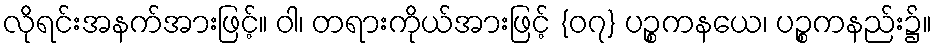
လိုရင်းအနက်အားဖြင့်။ ဝါ၊ တရားကိုယ်အားဖြင့် {၀၇} ပဉ္စကနယေ၊ ပဉ္စကနည်း၌။